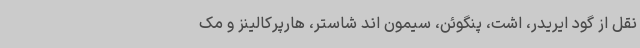
نقل از گود ایریدر، اشت، پنگوئن، سیمون اند شاستر، هارپرکالینز و مک